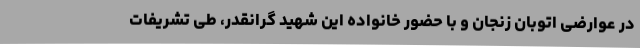
در عوارضی اتوبان زنجان و با حضور خانواده این شهید گرانقدر، طی تشریفات